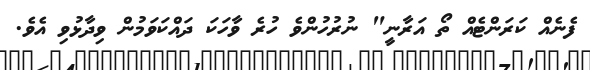
ފެނެއް ކަރަންޓެއް ތޯ އަރާނީ" ނުރުހުންވެ ހުރެ ވާހަކަ ދައްކަވަމުން ވިދާޅުވި އެވެ.